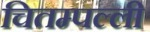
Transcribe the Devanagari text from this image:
चितम्पल्ली